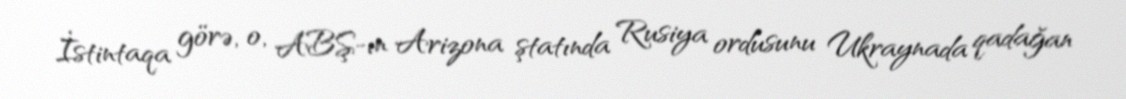
İstintaqa görə, o, ABŞ-ın Arizona ştatında Rusiya ordusunu Ukraynada qadağan